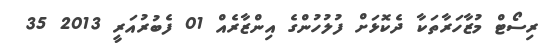
ރިސޯޓް މުޒާހަރާތަކާ ދެކޮޅަށް ފުލުހުންގެ އިންޒާރެއް 01 ފެބުރުއަރީ 2013 35